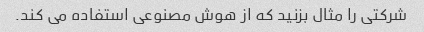
شرکتی را مثال بزنید که از هوش مصنوعی استفاده می کند.